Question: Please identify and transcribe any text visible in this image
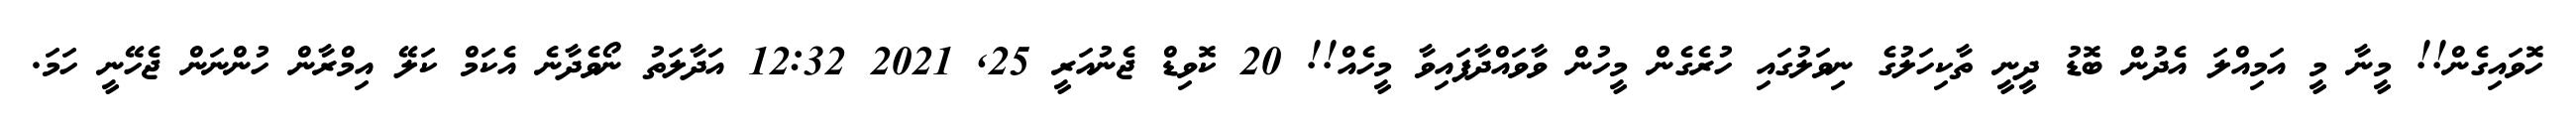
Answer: ހޮވައިގެން!! މީނާ މީ އަމިއްލަ އެދުން ބޮޑު ދީނީ ތާކިހަލުގެ ނިވަލުގައި ހުރެގެން މީހުން ވާވައްދާފައިވާ މީހެއް!! 20 ކޮވިޑް ޖެނުއަރީ 25, 2021 12:32 އަދާލަތު ނޯވެދާނެ އެކަމް ކަލޭ އިމްރާން ހުންނަން ޖެހޭނީ ހަމަ.